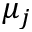
\mu _ { j }